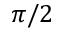
\pi / 2